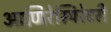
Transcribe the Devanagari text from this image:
आणिरेस्पिरेटरी